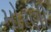
મોરણી